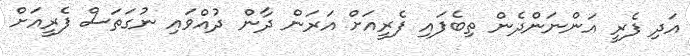
އަދި ފެރީ އަންނަންދެން ތިބެފައި ފެރީއަށް އަރަން ދާން ދުއްވައި ނުގަތަސް ފެރީއަށް